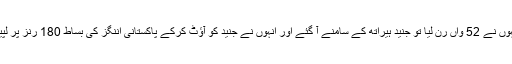
جب انہوں نے 52 واں رن لیا تو جنید ہیراتھ کے سامنے آ گئے اور انہوں نے جنید کو آؤٹ کرکے پاکستانی اننگز کی بساط 180 رنز پر لپیٹ دی۔